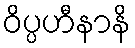
ဝိပ္ပဟီနာနိ